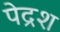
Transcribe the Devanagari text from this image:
पेद्रश